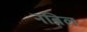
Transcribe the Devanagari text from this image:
नबिल